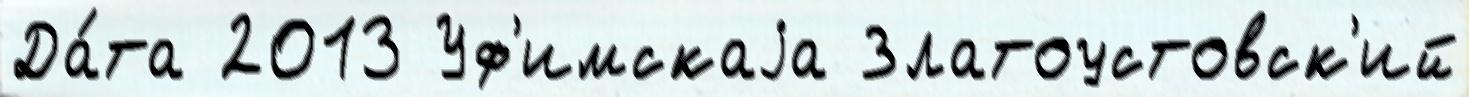
Да́та 2013 Уф'имскаjа Златоустовск'ий